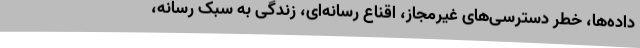
داده‌ها، خطر دسترسی‌های غیرمجاز، اقناع رسانه‌ای، زندگی به سبک رسانه،